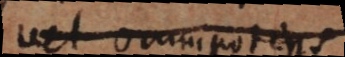
vel omnipotens